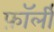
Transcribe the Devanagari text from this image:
फ़ॉर्ली